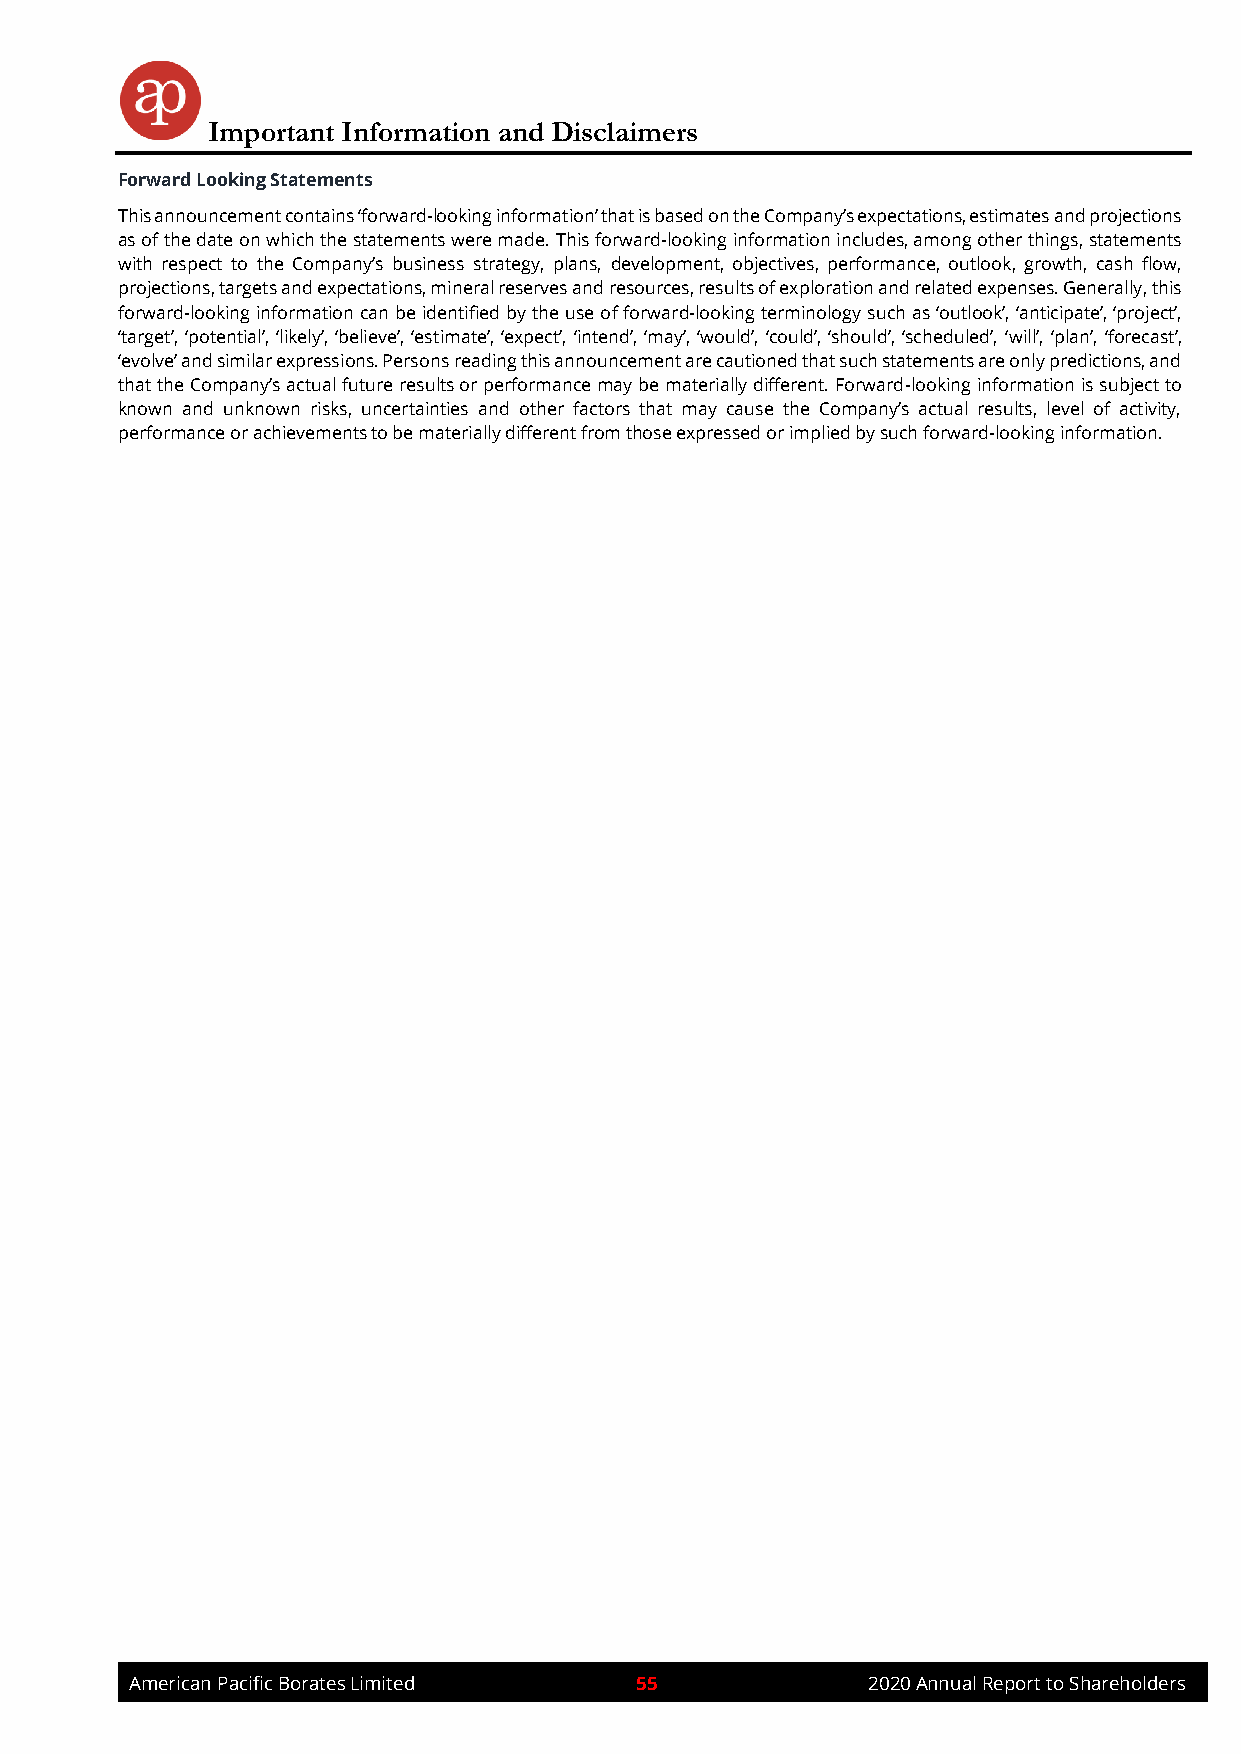
Important Information and Disclaimers
 Forward Looking Statements
 This announcement contains ‘forward-looking information’ that is based on the Company’s expectations, estimates and projections
 as of the date on which the statements were made. This forward-looking information includes, among other things, statements
 with respect to the Company’s business strategy, plans, development, objectives, performance, outlook, growth, cash flow,
 projections, targets and expectations, mineral reserves and resources, results of exploration and related expenses. Generally, this
 forward-looking information can be identified by the use of forward-looking terminology such as ‘outlook’, ‘anticipate’, ‘project’,
 ‘target’, ‘potential’, ‘likely’, ‘believe’, ‘estimate’, ‘expect’, ‘intend’, ‘may’, ‘would’, ‘could’, ‘should’, ‘scheduled’, ‘will’, ‘plan’, ‘forecast’,
 ‘evolve’ and similar expressions. Persons reading this announcement are cautioned that such statements are only predictions, and
 that the Company’s actual future results or performance may be materially different. Forward-looking information is subject to
 known and unknown risks, uncertainties and other factors that may cause the Company’s actual results, level of activity,
 performance or achievements to be materially different from those expressed or implied by such forward-looking information.
 American Pacific Borates Limited 55             2020 Annual Report to Shareholders